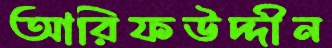
আরিফউদ্দীন